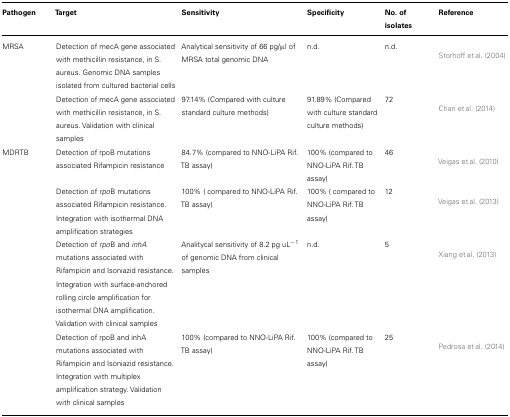
| Pathogen | Target | Sensitivity | Specificity | No. of isolates | Reference |
 | --- | --- | --- | --- | --- | --- |
 | MRSA | Detection of mecA gene associated with methicillin resistance, in S. aureus. Genomic DNA samples isolated from cultured bacterial cells | Analytical sensitivity of 66 pg/μl of MRSA total genomic DNA | n.d. | n.d. | Storhoff et al. (2004) |
 |  | Detection of mecA gene associated with methicillin resistance, in S. aureus. Validation with clinical samples | 97.14% (Compared with culture standard culture methods) | 91.89% (Compared with culture standard culture methods) | 72 | Chan et al. (2014) |
 | MDRTB | Detection of rpoB mutations associated Rifampicin resistance | 84.7% (compared to NNO-LiPA Rif. TB assay) | 100% (compared to NNO-LiPA Rif. TB assay) | 46 | Veigas et al. (2010) |
 |  | Detection of rpoB mutations associated Rifampicin resistance. Integration with isothermal DNA amplification strategies | 100% ( compared to NNO-LiPA Rif. TB assay) | 100% ( compared to NNO-LiPA Rif. TB assay) | 12 | Veigas et al. (2013) |
 |  | Detection of rpoB and inhA mutations associated with Rifampicin and Isoniazid resistance. Integration with surface-anchored rolling circle amplification for isothermal DNA amplification. Validation with clinical samples | Analitycal sensitivity of 8.2 pg uL-1 of genomic DNA from clinical samples | n.d. | 5 | Xiang et al. (2013) |
 |  | Detection of rpoB and inhA mutations associated with Rifampicin and Isoniazid resistance. Integration with multiplex amplification strategy. Validation with clinical samples | 100% (compared to NNO-LiPA Rif. TB assay) | 100% (compared to NNO-LiPA Rif. TB assay) | 25 | Pedrosa et al. (2014) |